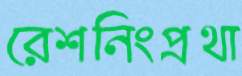
রেশনিংপ্রথা